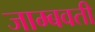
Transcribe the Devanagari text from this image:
जाम्‍बवती